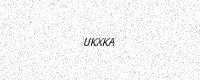
Text: UKXKA